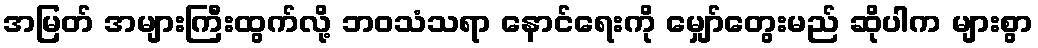
အမြတ် အများကြီးထွက်လို့ ဘဝသံသရာ နောင်ရေးကို မျှော်တွေးမည် ဆိုပါက များစွာ